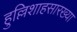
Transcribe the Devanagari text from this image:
हुल्लिशाहसारख्या